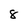
Character: 8